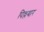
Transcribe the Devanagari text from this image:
पिल्लयार